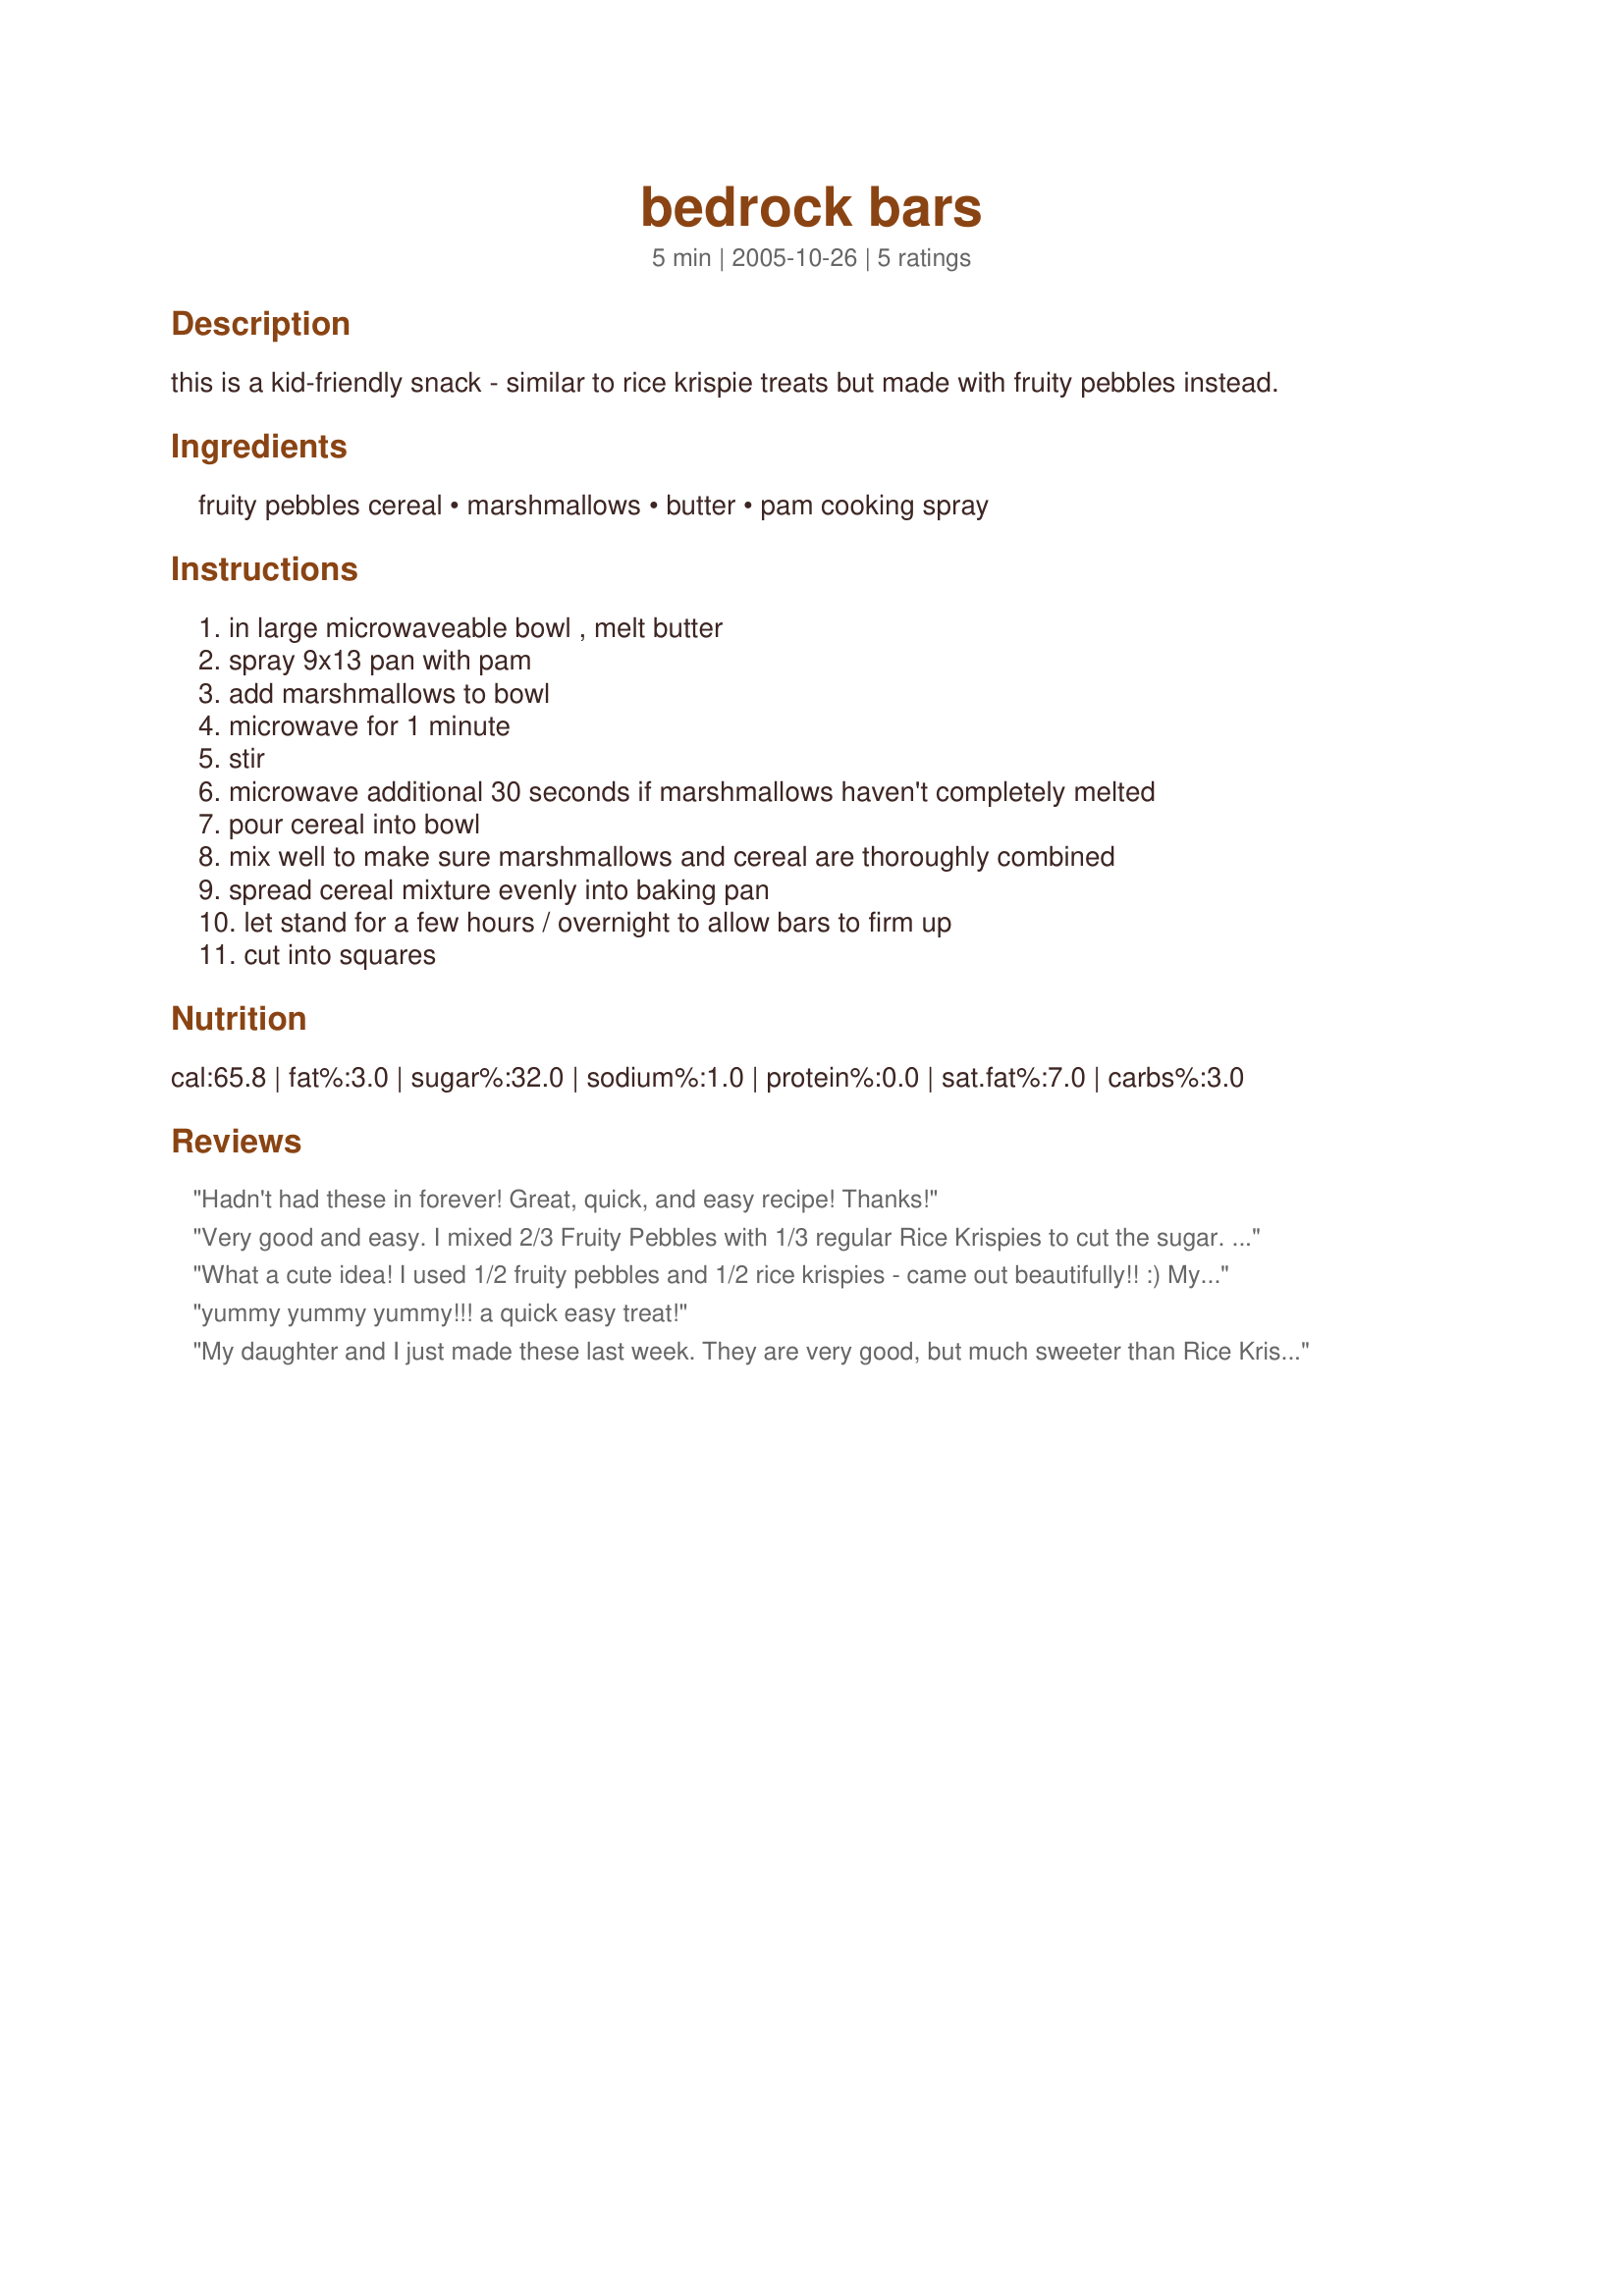
bedrock bars
Preparation time: 5 minutes

this is a kid-friendly snack - similar to rice krispie treats but made with fruity pebbles instead.

Ingredients:
fruity pebbles cereal, marshmallows, butter, pam cooking spray

Steps:
in large microwaveable bowl , melt butter, spray 9x13 pan with pam, add marshmallows to bowl, microwave for 1 minute, stir, microwave additional 30 seconds if marshmallows haven't completely melted, pour cereal into bowl, mix well to make sure marshmallows and cereal are thoroughly combined, spread cereal mixture evenly into baking pan, let stand for a few hours / overnight to allow bars to firm up, cut into squares

Reviews:
Hadn't had these in forever! Great, quick, and easy recipe! Thanks!
Very good and easy. I mixed 2/3 Fruity Pebbles with 1/3 regular Rice Krispies to cut the sugar. They turned out great! Thanks!
What a cute idea! I used 1/2 fruity pebbles and 1/2 rice krispies - came out beautifully!! :) My good friend is a rice krispy treat FREAK and will love these. Thanks for posting!
yummy yummy yummy!!! a quick easy treat!
My daughter and I just made these last week. They are very good, but much sweeter than Rice Krispie Treats because Fruity Pebbles are pre-sweetened. Because they're so sweet, we cut them into small portions. Everyone in the family enjoyed them and they are a nice change from the Rice Krispie treats...more colorful, too. Thanks for posting!
